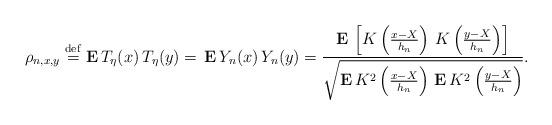
LaTeX: \begin{align*}\rho _{n,x,y}\stackrel{\rm def}{=}{\bf E\,}T_{\eta }(x)\,T_{\eta }(y)={\bf \,E\,}Y_{n}(x)\,Y_{n}(y)=\frac{{\bf E\,}\left[ K\left( \frac{x-X}{h_{n}}\right) \,K\left( \frac{y-X}{h_{n}}\right) \right] }{\sqrt{{\bf E\,}K^{2}\left( \frac{x-X}{h_{n}}\right) {\bf \,E\,}K^{2}\left( \frac{y-X}{h_{n}}\right) }}. \end{align*}